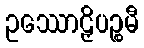
ဥဿောဠှိပဉ္စမီ